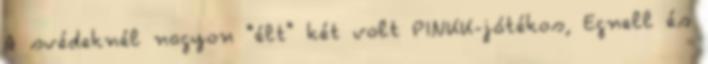
A svédeknél nagyon "élt" két volt PINKK-játékos, Egnell és